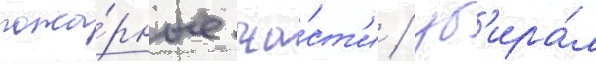
пожа́рные ча́ст'и / уб'ира́л